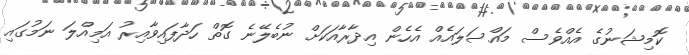
ކޮމިޝަނުގެ އެއްވެސް މައްސަލައެއް އެހެން އިދާރާއަކަށް ނުބެލޭނެ ގޮތް ހަދާފައިވާއިރު އަމިއްލަ ނަމުގައި